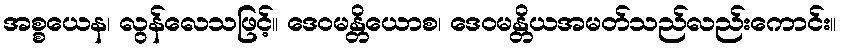
အစ္စယေန၊ လွန်လေသဖြင့်။ ဒေဝမန္တိယောစ၊ ဒေဝမန္တိယအမတ်သည်လည်းကောင်း။